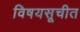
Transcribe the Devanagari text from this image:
विषयसूचीत